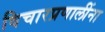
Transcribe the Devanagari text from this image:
विचारप्रणालींना